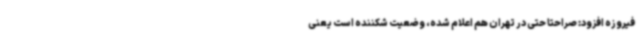
فیروزه افزود: صراحتا حتی در تهران هم اعلام شده، وضعیت شکننده است یعنی